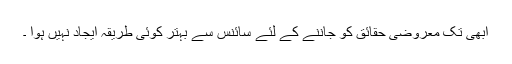
ابھی تک معروضی حقائق کو جاننے کے لئے سائنس سے بہتر کوئی طریقہ ایجاد نہیں ہوا ۔